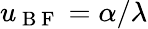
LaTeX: u_{\mathrm{~B~F~}}=\alpha/\lambda